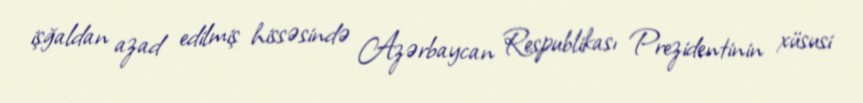
işğaldan azad edilmiş hissəsində Azərbaycan Respublikası Prezidentinin xüsusi